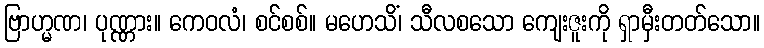
ဗြာဟ္မဏ၊ ပုဏ္ဏား။ ကေဝလံ၊ စင်စစ်။ မဟေသိံ၊ သီလစသော ကျေးဇူးကို ရှာမှီးတတ်သော။